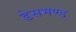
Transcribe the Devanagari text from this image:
डेसमण्ड